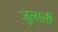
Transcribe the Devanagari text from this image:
जुलाली